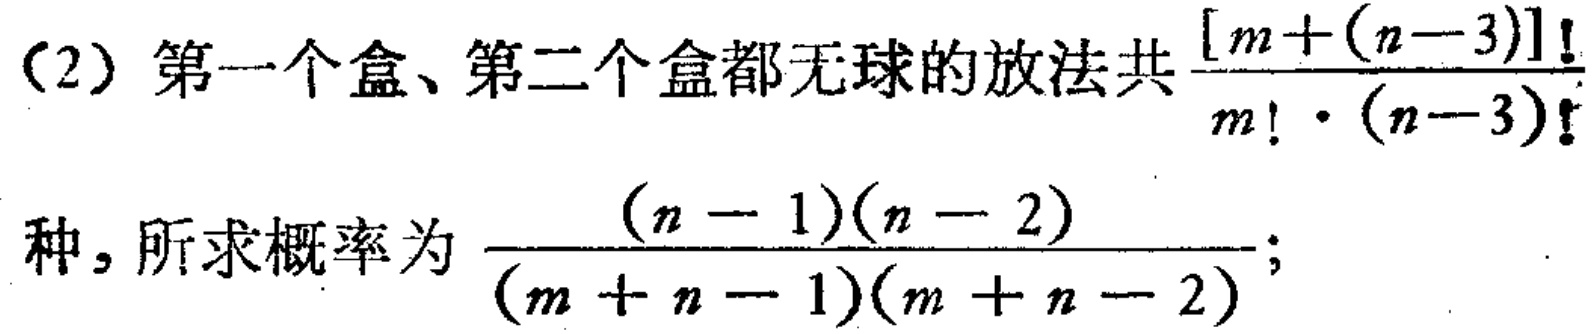
（2）第一个盒、第二个盒都无球的放法共$\frac{[m+(n - 3)]!}{m!\cdot(n - 3)!}$种，所求概率为$\frac{(n - 1)(n - 2)}{(m + n - 1)(m + n - 2)}$；